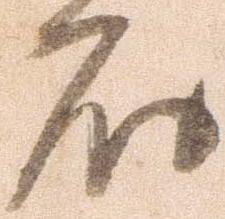
殿